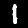
Label: 1